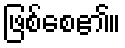
ဖြစ်စေ၏။